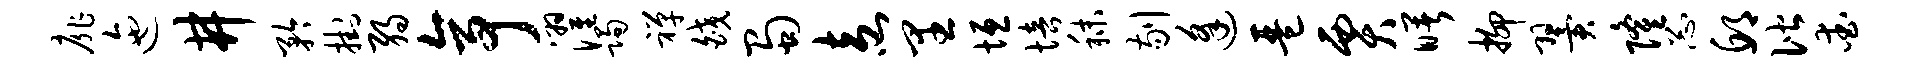
扉迤井矜挂弱亭濯躅禅皎蜀盍里垣培秣剔逢琶贾曙抑翼隆忐邱偕爱